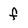
Character: f